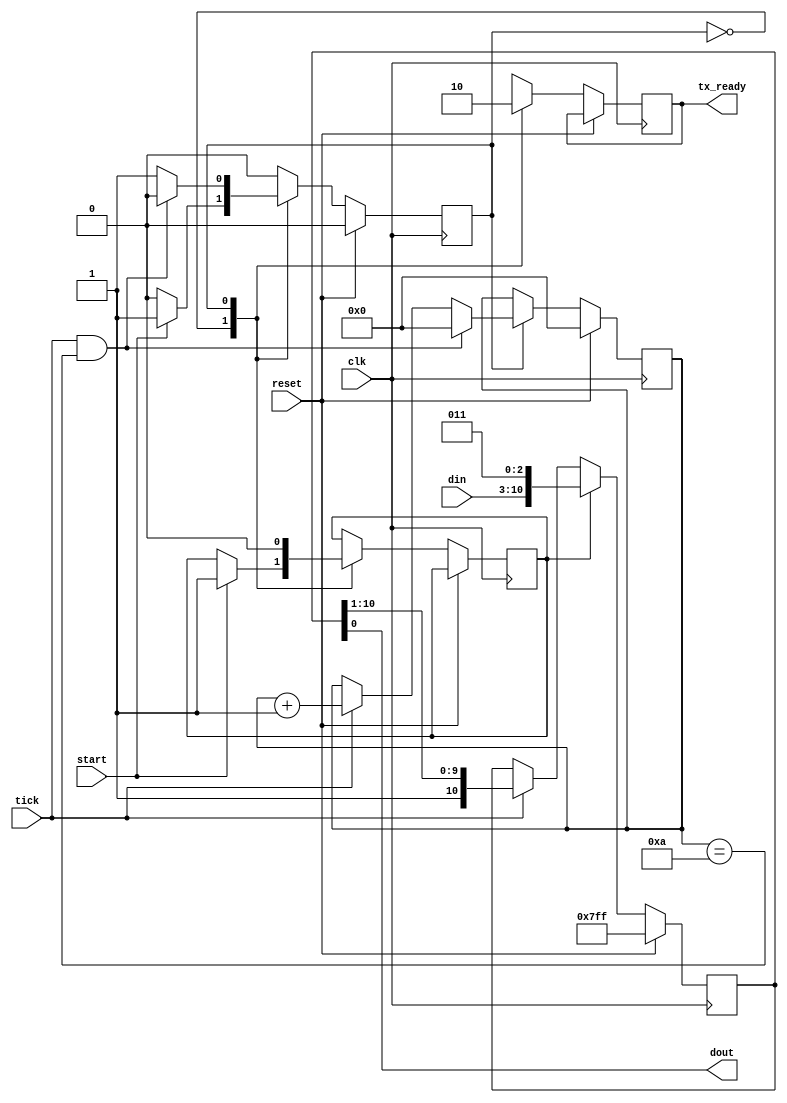
`timescale 1ns / 1ps
//////////////////////////////////////////////////////////////////////////////////
// Company: 
// Engineer: 
// 
// Design Name: 
// Module Name:    Transmitter 
// Project Name: 
// Target Devices: 
// Tool versions: 
// Description: 
//
// Dependencies: 
//
// Revision: 
// Revision 0.01 - File Created
// Additional Comments: 
//
//////////////////////////////////////////////////////////////////////////////////
module Transmitter(
    input clk,
    input reset,
    input tick,
    input start,
    input [7:0] din,
    output reg tx_ready,
    output dout
    );
localparam s0 = 0;
localparam s1 = 1;
reg state;
reg[10:0]shift_reg;
reg[3:0]count;
reg load;
//reg enbl_cnt;
always@(posedge clk)
	if(reset)
	   begin
		count<=0;
		state<=s0;
		end
	else
		case(state)
			s0:begin
				tx_ready<=1'b1;
				if(start)
					begin
					load<=1'b1;
					state<=s1;
					end
			end
			s1:begin
				tx_ready<=1'b0;
				load<=1'b0; 
				if(tick && count==10)
				      begin
						count<=0;
						state<=s0;
						end
				else if(tick) 
						begin
						count<=count+1;
						state<=s1;
						end	
				end
		endcase
assign dout = shift_reg[0];	
always@(posedge clk)
	if(reset)
		shift_reg<=11'b11111111111;
	else if(load)
		shift_reg<={din,3'b011};
	else if(tick)
		shift_reg<={1'b1,shift_reg[10:1]};
endmodule